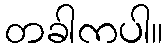
တခါကပါ။